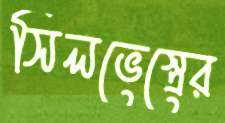
সিলভেস্ত্রের